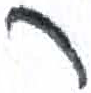
אות: ר